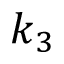
k _ { 3 }